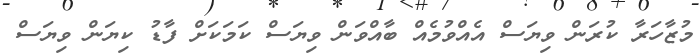
މުޒާހަރާ ކުރަން ވިޔަސް އެއްވުމެއް ބާއްވަން ވިޔަސް ކަމަކަށް ފާޑު ކިޔަން ވިޔަސް